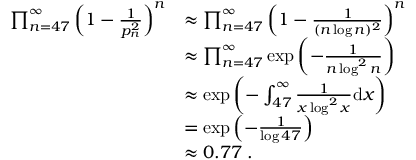
\begin{array} { r l } { \prod _ { n = 4 7 } ^ { \infty } \left( 1 - \frac 1 { p _ { n } ^ { 2 } } \right) ^ { n } } & { \approx \prod _ { n = 4 7 } ^ { \infty } \left( 1 - \frac 1 { ( n \log n ) ^ { 2 } } \right) ^ { n } } \\ & { \approx \prod _ { n = 4 7 } ^ { \infty } \exp \left( - \frac 1 { n \log ^ { 2 } n } \right) } \\ & { \approx \exp \left( - \int _ { 4 7 } ^ { \infty } \frac 1 { x \log ^ { 2 } x } \mathrm d x \right) } \\ & { = \exp \left( - \frac 1 { \log 4 7 } \right) } \\ & { \approx 0 . 7 7 \; . } \end{array}